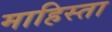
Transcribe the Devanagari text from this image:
माहिस्ता